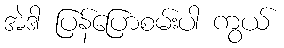
အဲဒါ ပြန်ပြောစမ်းပါ ကွယ်